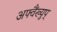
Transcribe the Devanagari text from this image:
अफ्वैंख्युप्